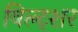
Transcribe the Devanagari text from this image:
विल्ट्शर